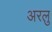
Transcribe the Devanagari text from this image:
अरलु